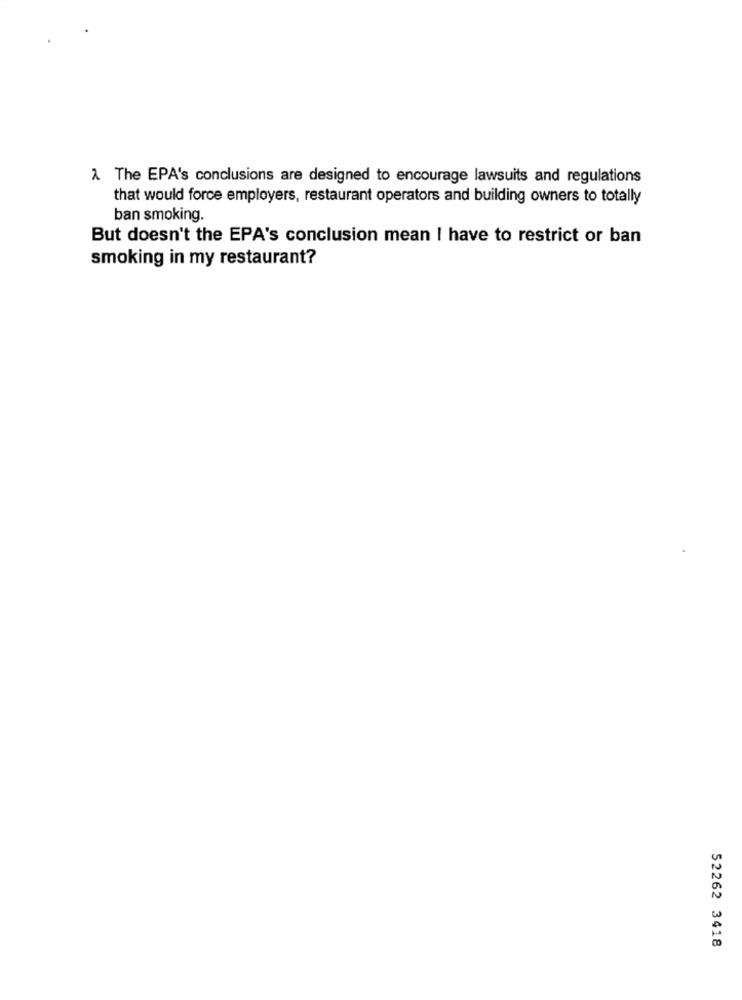
1. The EPA's conclusions are designed to encourage lawsuits and regulations
that would force employers, restaurant operators and building owners to totally
ban smoking.
But doesn't the EPA's conclusion mean I have to restrict or ban
smoking in my restaurant?
52262 3418